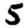
Digit: 5